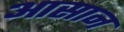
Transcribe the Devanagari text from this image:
अासान